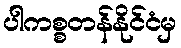
ပါကစ္စတန်နိုင်ငံမှ